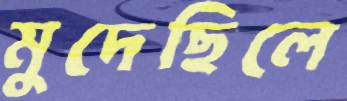
মুদেছিলে